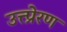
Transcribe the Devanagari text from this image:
उत्त्प्रेरण